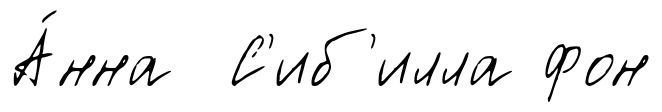
А́нна С'иб'илла фон